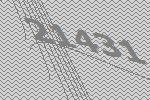
21431